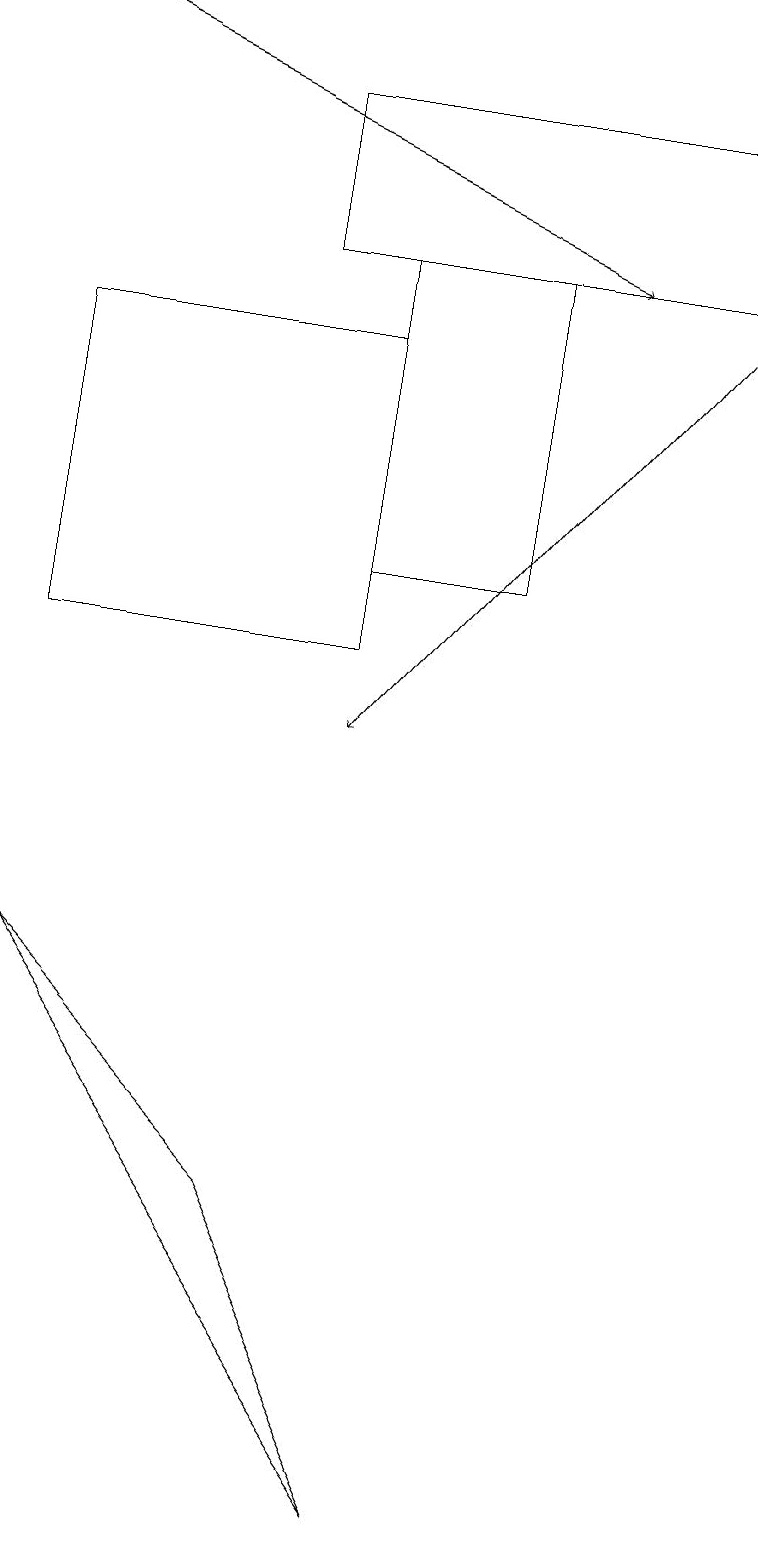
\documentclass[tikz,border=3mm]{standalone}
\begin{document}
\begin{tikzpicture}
\draw (3,4) -- (5,0) -- (0,7) -- cycle;
\draw (4,16) rectangle (6,12);
\draw[->] (9,16) -- (4,10);
\draw (4,11) rectangle (0,15);
\draw[->] (0,19) -- (7,16);
\draw (9,16) rectangle (3,18);
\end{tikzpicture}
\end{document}